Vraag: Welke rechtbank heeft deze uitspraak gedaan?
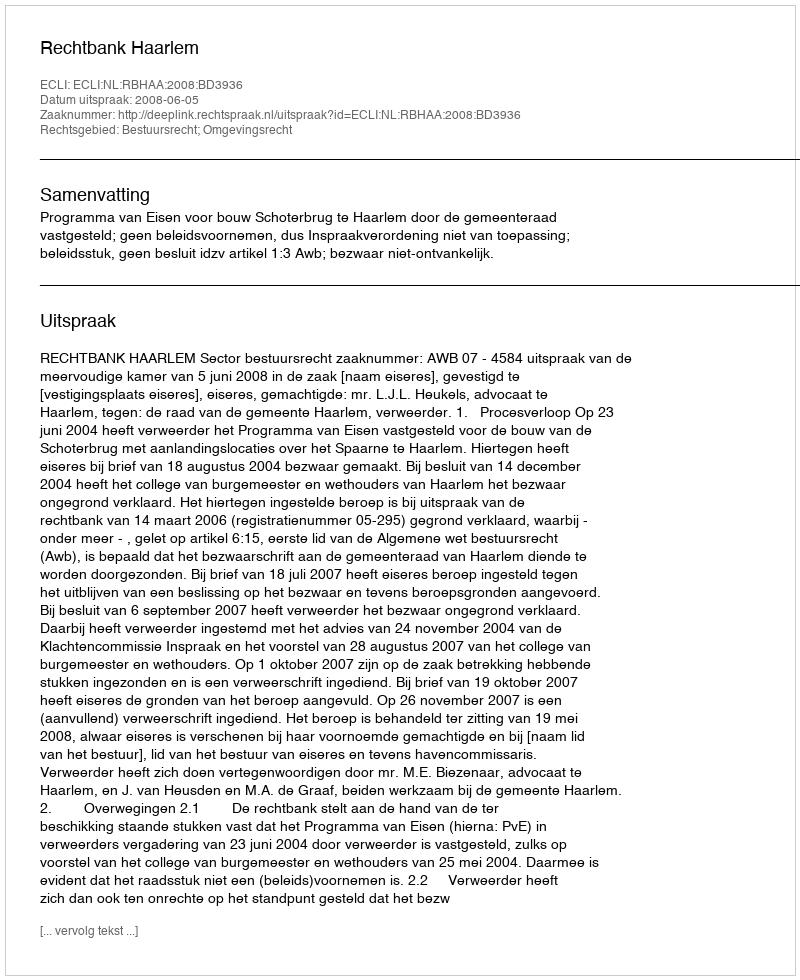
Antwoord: Rechtbank Haarlem